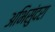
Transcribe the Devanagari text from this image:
अभिसुंदरा